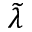
\widetilde { \lambda }